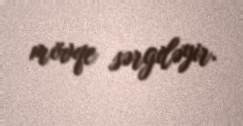
mövqe sərgiləyir.